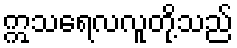
ဣသရေလလူတို့သည်